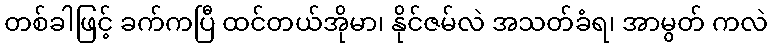
တစ်ခါဖြင့် ခက်ကပြီ ထင်တယ်အိုမာ၊ နိုင်ဇမ်လဲ အသတ်ခံရ၊ အာမွတ် ကလဲ